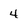
Character: 4